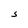
Character: S